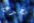
بخدعة